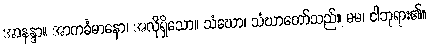
အာနန္ဒာ။ အာကင်္ခမာနော၊ အလိုရှိသော။ သံဃော၊ သံဃာတော်သည်။ မမ၊ ငါဘုရား၏။